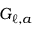
G _ { \ell , a }